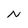
Character: N